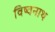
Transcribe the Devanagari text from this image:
विष्वनाथ